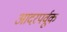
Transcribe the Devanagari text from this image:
आदरपर्वूक